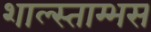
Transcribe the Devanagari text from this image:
शाल्स्ताम्भस